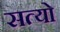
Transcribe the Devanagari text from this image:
सत्यो